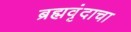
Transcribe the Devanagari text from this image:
ब्रह्मवृंदाचा